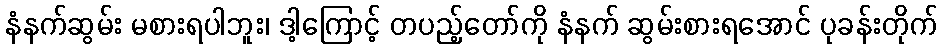
နံနက်ဆွမ်း မစားရပါဘူး၊ ဒါ့ကြောင့် တပည့်တော်ကို နံနက် ဆွမ်းစားရအောင် ပုခန်းတိုက်